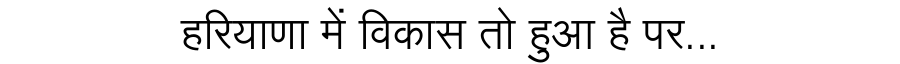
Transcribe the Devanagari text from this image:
हरियाणा में विकास तो हुआ है पर...